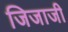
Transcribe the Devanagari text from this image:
जिजाजी